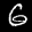
Label: 6